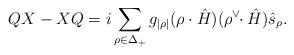
LaTeX: \begin{align*}QX-XQ=i\sum_{\rho\in\Delta_+}g_{|\rho|}(\rho\cdot\hat{H}) (\rho^\vee\!\!\cdot\hat{H})\hat{s}_{\rho}.\end{align*}